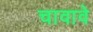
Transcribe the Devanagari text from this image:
चावावे